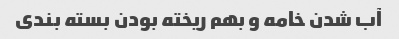
آب شدن خامه و بهم ریخته بودن بسته بندی